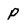
Character: P